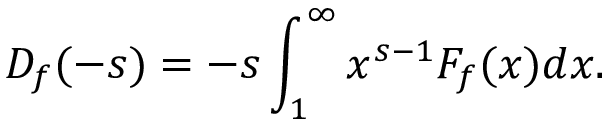
D _ { f } ( - s ) = - s \int _ { 1 } ^ { \infty } x ^ { s - 1 } F _ { f } ( x ) d x .